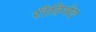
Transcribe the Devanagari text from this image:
रीतिभेद